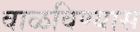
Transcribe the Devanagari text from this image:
वाळविण्यास